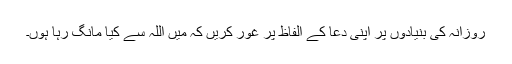
روزانہ کی بنیادوں پر اپنی دعا کے الفاظ پر غور کریں کہ میں اللہ سے کیا مانگ رہا ہوں۔